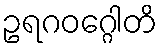
ဥရဂဝဂ္ဂေါတိ